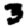
Digit: 3